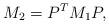
LaTeX: \begin{align*}M_{2}=P^{T}M_{1}P,\end{align*}